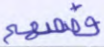
قصصهم